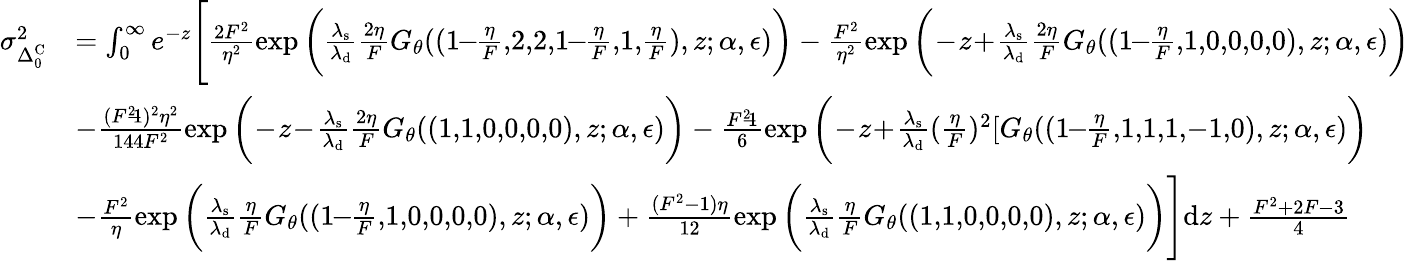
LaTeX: \begin{array}{rl}{\sigma_{\Delta_{0}^{\mathrm{C}}}^{2}}&{=\int_{0}^{\infty}e^{-z}\Bigg[\frac{2F^{2}}{\eta^{2}}\exp{\bigg(\frac{\lambda_{\mathrm{s}}}{\lambda_{\mathrm{d}}}\frac{2\eta}{F}G_{\theta}((1\! \! -\! \! \frac{\eta}{F},\! 2,\! 2,\! 1\! \! -\! \! \frac{\eta}{F},\! 1,\! \frac{\eta}{F}),z;\alpha,\epsilon)\bigg)}-\frac{F^{2}}{\eta^{2}}\exp{\bigg(\! -\! z\! +\! \frac{\lambda_{\mathrm{s}}}{\lambda_{\mathrm{d}}}\frac{2\eta}{F}G_{\theta}((1\! \! -\! \! \frac{\eta}{F},\! 1,\! 0,\! 0,\! 0,\! 0),z;\alpha,\epsilon)\bigg)}}\\ &{-\frac{(F^{2}\! \! -\! \! 1)^{2}\eta^{2}}{144F^{2}}\exp{\bigg(\! -\! z\! -\! \frac{\lambda_{\mathrm{s}}}{\lambda_{\mathrm{d}}}\frac{2\eta}{F}G_{\theta}((1,\! 1,\! 0,\! 0,\! 0,\! 0),z;\alpha,\epsilon)\bigg)}-\frac{F^{2}\! \! -\! \! 1}{6}\exp{\bigg(\! -\! z\! +\! \frac{\lambda_{\mathrm{s}}}{\lambda_{\mathrm{d}}}(\frac{\eta}{F})^{2}[G_{\theta}((1\! \! -\! \! \frac{\eta}{F},\! 1,\! 1,\! 1,\! -1,\! 0),z;\alpha,\epsilon)\bigg)}}\\ &{-\frac{F^{2}}{\eta}\exp{\bigg(\frac{\lambda_{\mathrm{s}}}{\lambda_{\mathrm{d}}}\frac{\eta}{F}G_{\theta}((1\! \! -\! \! \frac{\eta}{F},\! 1,\! 0,\! 0,\! 0,\! 0),z;\alpha,\epsilon)\bigg)}+\frac{(F^{2}-1)\eta}{12}\exp{\bigg(\frac{\lambda_{\mathrm{s}}}{\lambda_{\mathrm{d}}}\frac{\eta}{F}G_{\theta}((1,\! 1,\! 0,\! 0,\! 0,\! 0),z;\alpha,\epsilon)\bigg)}\Bigg]\mathrm{d}z+\frac{F^{2}+2F-3}{4}}\end{array}